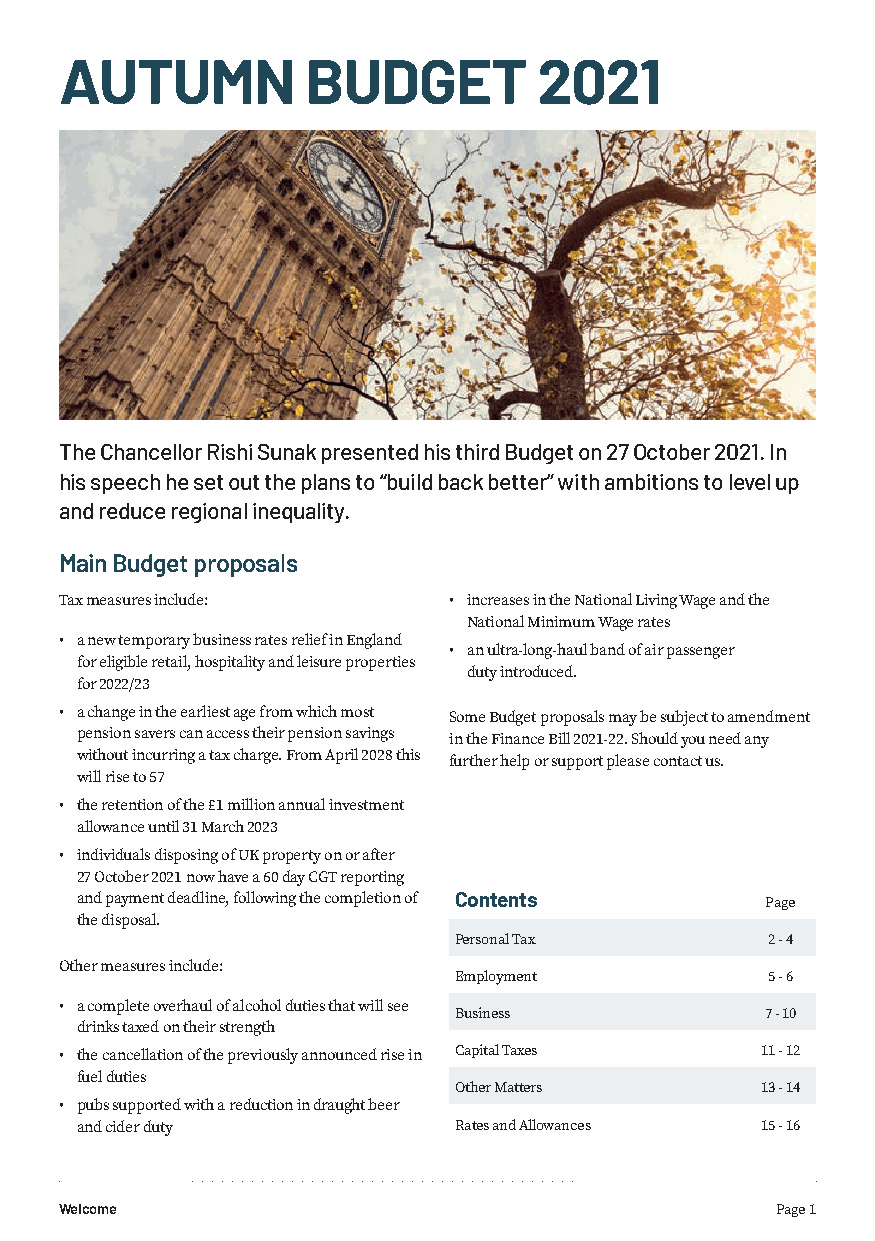
AUTUMN          BUDGET          2021
 The Chancellor Rishi Sunak presented his third Budget on 27 October 2021. In
 his speech he set out the plans to “build back better” with ambitions to level up
 and reduce regional inequality.
 Main Budget proposals
 Tax measures include:     • increases in the National Living Wage and the
 National Minimum Wage rates
 • a new temporary business rates relief in England
 • an ultra-long-haul band of air passenger
 for eligible retail, hospitality and leisure properties
 duty introduced.
 for 2022/23
 • a change in the earliest age from which most Some Budget proposals may be subject to amendment
 pension savers can access their pension savings in the Finance Bill 2021-22. Should you need any
 without incurring a tax charge. From April 2028 this further help or support please contact us.
 will rise to 57
 • the retention of the £1 million annual investment
 allowance until 31 March 2023
 • individuals disposing of UK property on or after
 27 October 2021 now have a 60 day CGT reporting
 and payment deadline, following the completion of Contents Page
 the disposal.
 Personal Tax         2 - 4
 Other measures include:
 Employment           5 - 6
 • a complete overhaul of alcohol duties that will see
 Business             7 - 10
 drinks taxed on their strength
 • the cancellation of the previously announced rise in Capital Taxes 11 - 12
 fuel duties
 Other Matters       13 - 14
 • pubs supported with a reduction in draught beer
 and cider duty           Rates and Allowances 15 - 16
 Welcome                                        Page 1